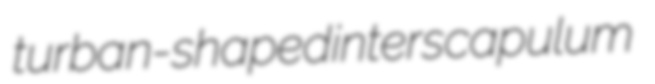
turban-shaped interscapulum